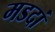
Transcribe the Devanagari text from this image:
मडदां